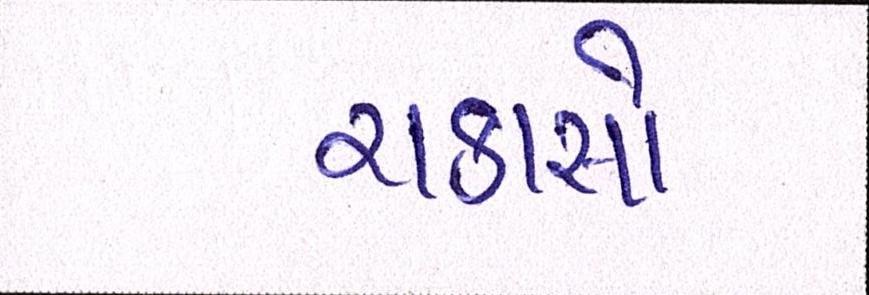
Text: ચકાસો